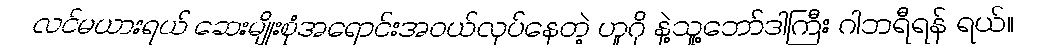
လင်မယားရယ် ဆေးမျိုးစုံအရောင်းအဝယ်လုပ်နေတဲ့ ဟူဂို နဲ့သူ့ဘော်ဒါကြီး ဂါဘရီရန် ရယ်။